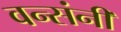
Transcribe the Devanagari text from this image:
वन्संनी